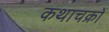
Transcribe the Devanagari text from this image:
कथाचक्रों